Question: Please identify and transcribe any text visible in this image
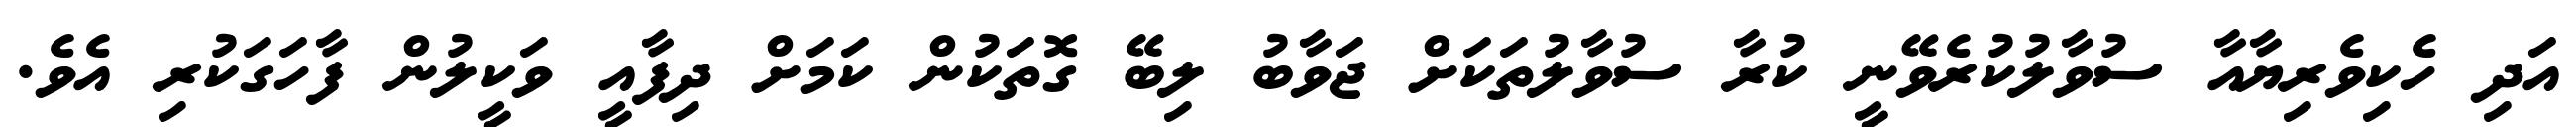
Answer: އަދި ހެކިވެރިޔާއާ ސުވާލުކުރެވޭނީ ކުރާ ސުވާލުތަކަށް ޖަވާބު ލިބޭ ގޮތަކުން ކަމަށް ދިފާއީ ވަކީލުން ފާހަގަކުރި އެވެ.